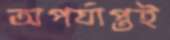
অপর্যাপ্তই